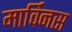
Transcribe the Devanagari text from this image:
मार्विनस